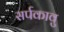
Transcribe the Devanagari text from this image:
सर्पकावु